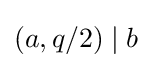
(a,q/2)\mid b